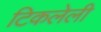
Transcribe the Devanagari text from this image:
टिकलेली